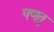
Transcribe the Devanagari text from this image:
पणतु